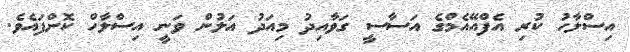
އިސްލާހު ކުރި އެފްއޭއެމްގެ އަސާސީ ގަވާއިދު މިއަދު އަލުން ވަނީ އިސްލާހް ކޮށްފައެވެ.